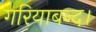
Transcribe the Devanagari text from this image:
गरियाबन्द।